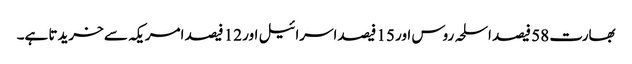
بھارت 58 فیصد اسلحہ روس اور 15 فیصداسرائیل اور 12 فیصد امریکہ سے خریدتا ہے۔